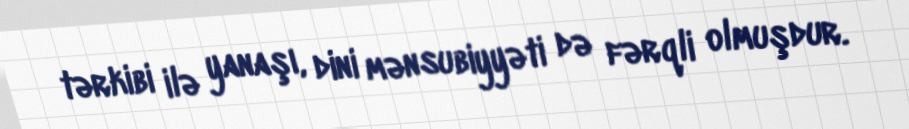
tərkibi ilə yanaşı, dini mənsubiyyəti də fərqli olmuşdur.